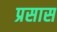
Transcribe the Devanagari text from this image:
प्रसास